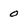
Character: 0